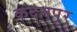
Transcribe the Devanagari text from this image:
कदमपुर